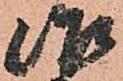
治